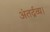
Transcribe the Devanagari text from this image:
अंतर्द्रव्य।